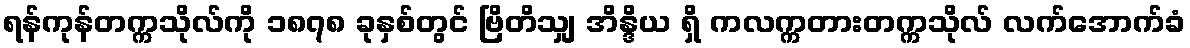
ရန်ကုန်တက္ကသိုလ်ကို ၁၈၇၈ ခုနှစ်တွင် ဗြိတိသျှ အိန္ဒိယ ရှိ ကလက္ကတားတက္ကသိုလ် လက်အောက်ခံ